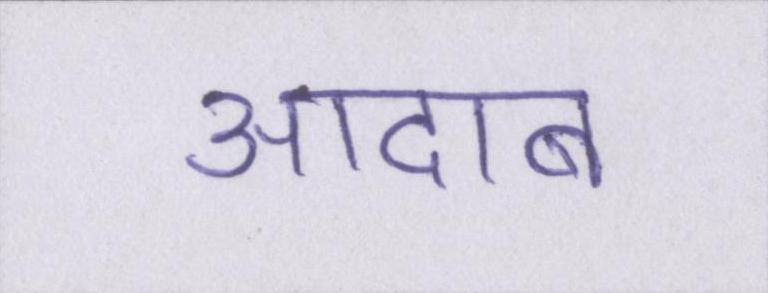
आदाब